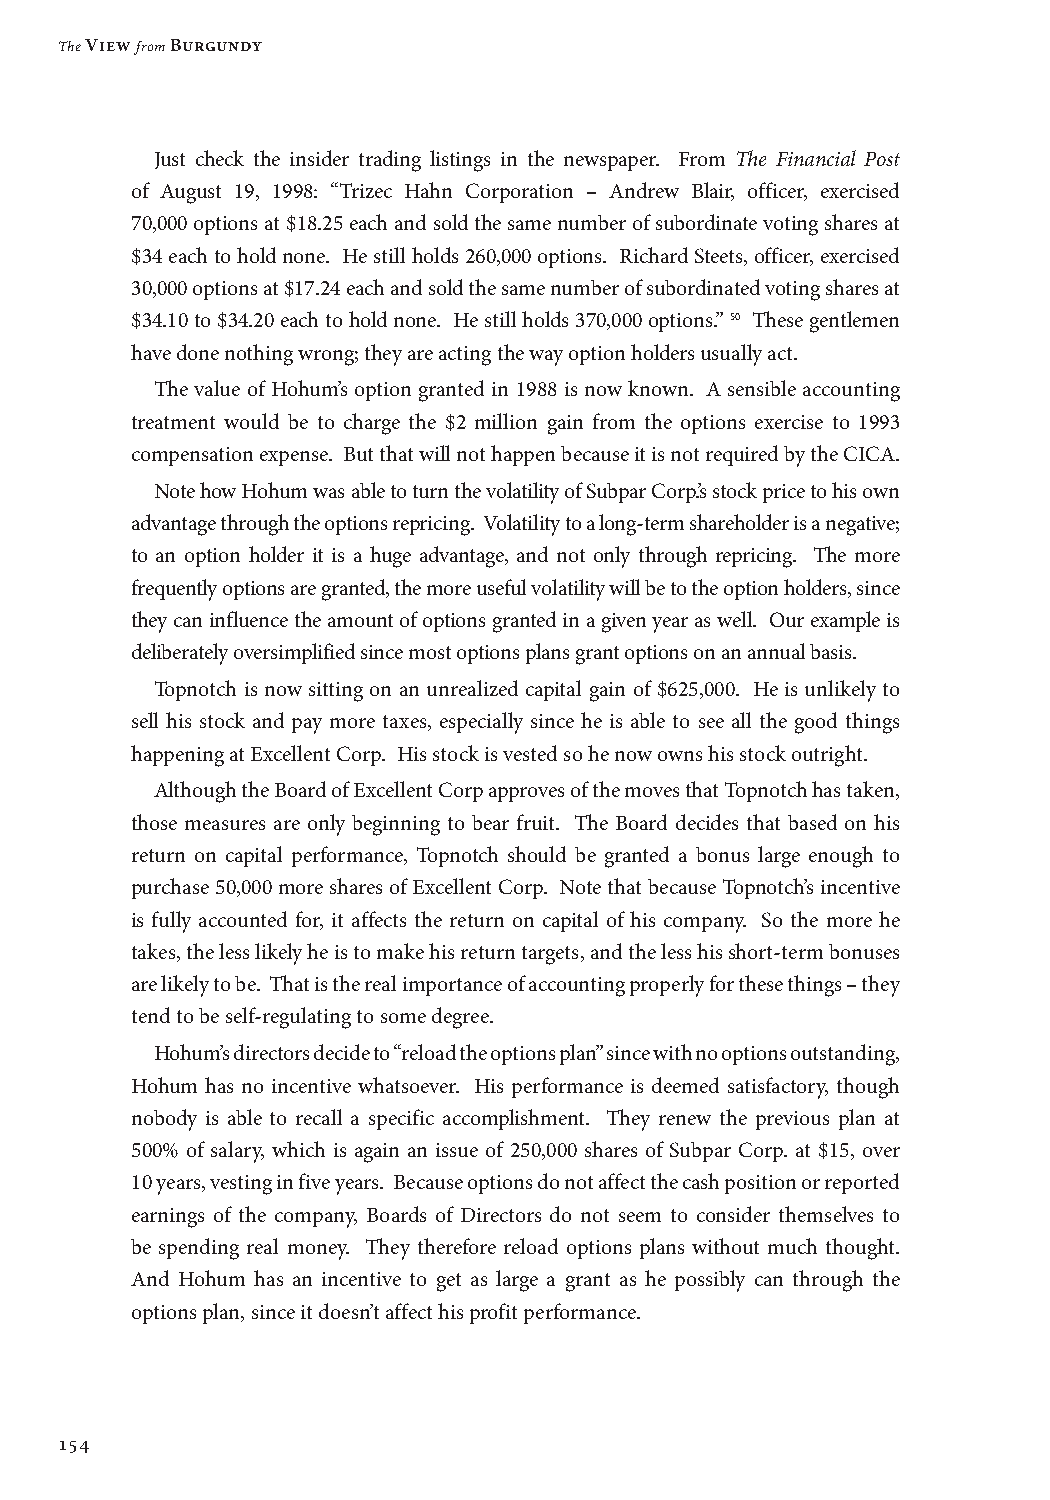
The View from Burgundy
 Just check the insider trading listings in the newspaper. From The Financial Post
 of August 19, 1998: “Trizec Hahn Corporation – Andrew Blair, officer, exercised
 70,000 options at $18.25 each and sold the same number of subordinate voting shares at
 $34 each to hold none. He still holds 260,000 options. Richard Steets, officer, exercised
 30,000 options at $17.24 each and sold the same number of subordinated voting shares at
 $34.10 to $34.20 each to hold none. He still holds 370,000 options.” 50 These gentlemen
 have done nothing wrong; they are acting the way option holders usually act.
 The value of Hohum’s option granted in 1988 is now known. A sensible accounting
 treatment would be to charge the $2 million gain from the options exercise to 1993
 compensation expense. But that will not happen because it is not required by the CICA.
 Note how Hohum was able to turn the volatility of Subpar Corp.’s stock price to his own
 advantage through the options repricing. Volatility to a long-term shareholder is a negative;
 to an option holder it is a huge advantage, and not only through repricing. The more
 frequently options are granted, the more useful volatility will be to the option holders, since
 they can influence the amount of options granted in a given year as well. Our example is
 deliberately oversimplified since most options plans grant options on an annual basis.
 Topnotch is now sitting on an unrealized capital gain of $625,000. He is unlikely to
 sell his stock and pay more taxes, especially since he is able to see all the good things
 happening at Excellent Corp. His stock is vested so he now owns his stock outright.
 Although the Board of Excellent Corp approves of the moves that Topnotch has taken,
 those measures are only beginning to bear fruit. The Board decides that based on his
 return on capital performance, Topnotch should be granted a bonus large enough to
 purchase 50,000 more shares of Excellent Corp. Note that because Topnotch’s incentive
 is fully accounted for, it affects the return on capital of his company. So the more he
 takes, the less likely he is to make his return targets, and the less his short-term bonuses
 are likely to be. That is the real importance of accounting properly for these things – they
 tend to be self-regulating to some degree.
 Hohum’s directors decide to “reload the options plan” since with no options outstanding,
 Hohum has no incentive whatsoever. His performance is deemed satisfactory, though
 nobody is able to recall a specific accomplishment. They renew the previous plan at
 500% of salary, which is again an issue of 250,000 shares of Subpar Corp. at $15, over
 10 years, vesting in five years. Because options do not affect the cash position or reported
 earnings of the company, Boards of Directors do not seem to consider themselves to
 be spending real money. They therefore reload options plans without much thought.
 And Hohum has an incentive to get as large a grant as he possibly can through the
 options plan, since it doesn’t affect his profit performance.
 154